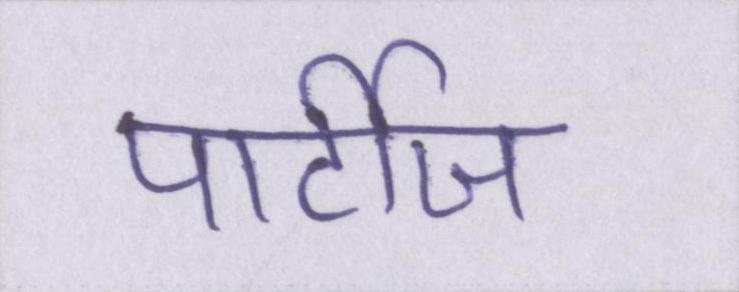
पार्टीज